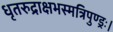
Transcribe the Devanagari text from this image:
धृतरुद्राक्षभस्मत्रिपुण्ड्रः।